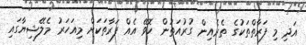
އަދި މި ފަރާތްތަކުގެ ތެރެއިން ގުރުއަތުން ހޮވޭ އެއް ފަރާތަކަށް މިއަހަރު މެލޭޝިޔާގައި